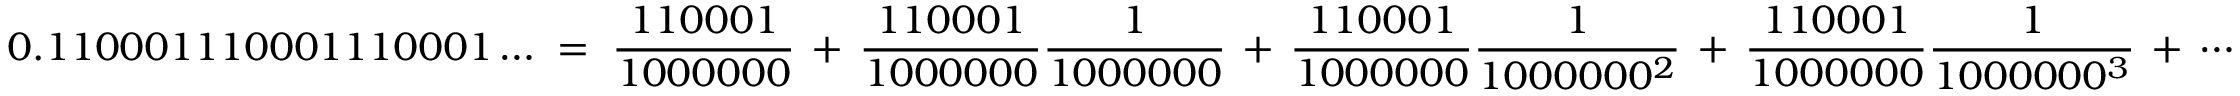
0 . 1 1 0 0 0 1 1 1 0 0 0 1 1 1 0 0 0 1 \ldots \; = \; { \frac { 1 1 0 0 0 1 } { 1 0 0 0 0 0 0 } } \, + \, { \frac { 1 1 0 0 0 1 } { 1 0 0 0 0 0 0 } } { \frac { 1 } { 1 0 0 0 0 0 0 } } \, + \, { \frac { 1 1 0 0 0 1 } { 1 0 0 0 0 0 0 } } { \frac { 1 } { 1 0 0 0 0 0 0 ^ { 2 } } } \, + \, { \frac { 1 1 0 0 0 1 } { 1 0 0 0 0 0 0 } } { \frac { 1 } { 1 0 0 0 0 0 0 ^ { 3 } } } \, + \, \cdots